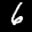
Label: 6